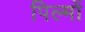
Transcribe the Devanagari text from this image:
पिल्मों